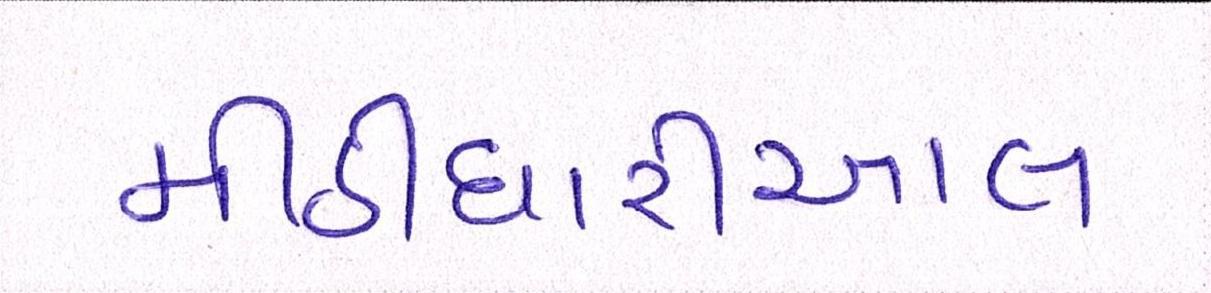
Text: મીઠીઘારીઆલ